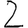
Digit: 2